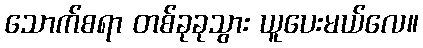
သောက်စရာ တစ်ခုခုသွား ယူပေးမယ်လေ။